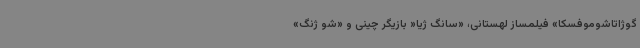
گوژاتاشوموفسکا» فیلمساز لهستانی، «سانگ ژیا« بازیگر چینی و «شو ژنگ»